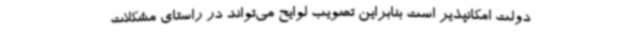
دولت امکانپذیر است بنابراین تصویب لوایح می‌تواند در راستای مشکلات